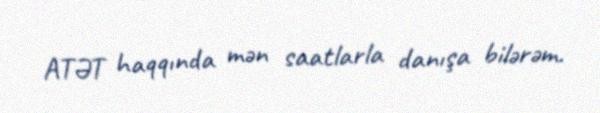
ATƏT haqqında mən saatlarla danışa bilərəm.